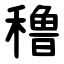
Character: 穞